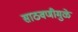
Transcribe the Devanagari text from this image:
साठवणीमुळे